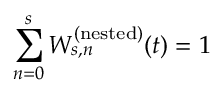
\sum _ { n = 0 } ^ { s } W _ { s , n } ^ { ( \mathrm { n e s t e d } ) } ( t ) = 1